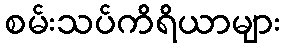
စမ်းသပ်ကိရိယာများ